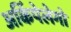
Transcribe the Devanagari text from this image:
अर्किपेलेगो